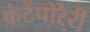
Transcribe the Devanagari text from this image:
कंटेंपोरैरी